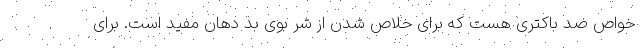
خواص ضد باکتری هست که برای خلاص شدن از شر بوی بد دهان مفید است. برای